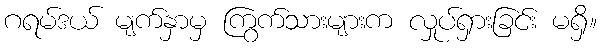
ဂရမ်ဒယ် မျက်နှာမှ ကြွက်သားများက လှုပ်ရှားခြင်း မရှိ။